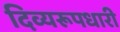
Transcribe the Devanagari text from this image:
दिव्यरूपधारी